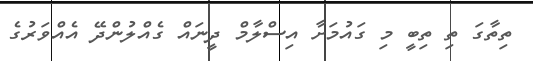
ތިތާގަ ތި ތިބީ މި ގައުމަށާ އިސްލާމް ދީނައް ގެއްލުންދޭ އެއްވަރުގެ